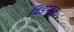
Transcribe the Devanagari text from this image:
विडम्बकः